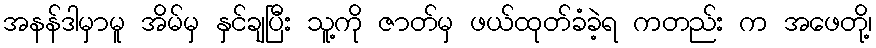
အနန်ဒါမှာမူ အိမ်မှ နှင်ချပြီး သူ့ကို ဇာတ်မှ ဖယ်ထုတ်ခံခဲ့ရ ကတည်း က အဖေတို့၊